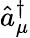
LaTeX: \hat{a}_{\mu}^{\dagger}